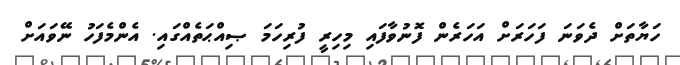
ހަޔާތަށް ދެވަނަ ފަހަރަށް އަހަރެން ފޮނުވާފައި މިހިރީ ފުރިހަމަ ޞިއްޙަތެއްގައި. އެންމެފަހު ނޭވައަށް